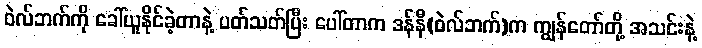
ဝဲလ်ဘက်ကို ခေါ်ယူနိုင်ခဲ့တာနဲ့ ပတ်သတ်ပြီး ပေါ်တာက ဒန််နီ(ဝဲလ်ဘက်)က ကျွန်တော်တို့ အသင်းနဲ့